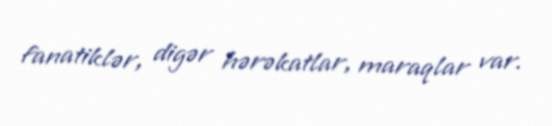
fanatiklər, digər hərəkatlar, maraqlar var.